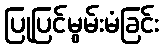
ပြုပြင်မွမ်းမံခြင်း